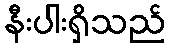
နီးပါးရှိသည်